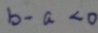
b - a < 0